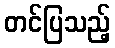
တင်ပြသည့်